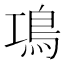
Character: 䲨